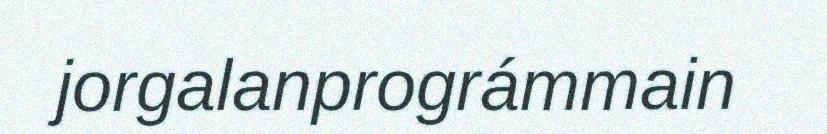
jorgalanprográmmain